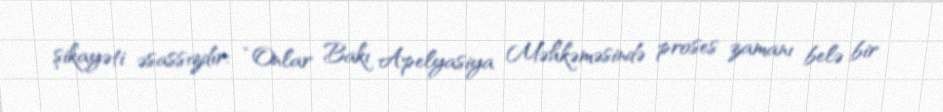
şikayəti əsassızdır: “Onlar Bakı Apelyasiya Məhkəməsində proses zamanı belə bir